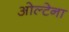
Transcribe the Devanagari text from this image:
ओल्टेना